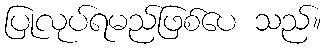
ပြုလုပ်ရမည်ဖြစ်ပေ သည်။